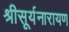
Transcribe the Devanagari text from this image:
श्रीसूर्यनारायण